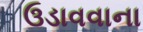
ઉડાવવાના